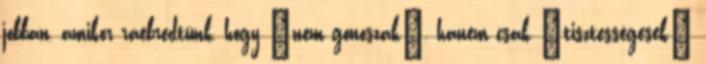
jobban, amikor ráébredtünk, hogy „nem gonoszak”, hanem csak „tisztességesek”